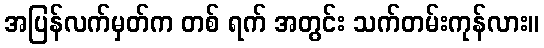
အပြန်လက်မှတ်က တစ် ရက် အတွင်း သက်တမ်းကုန်လား။